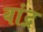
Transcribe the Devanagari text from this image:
वांद्र